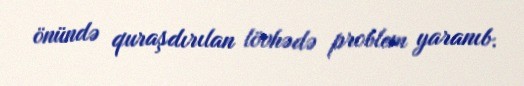
önündə quraşdırılan lövhədə problem yaranıb.